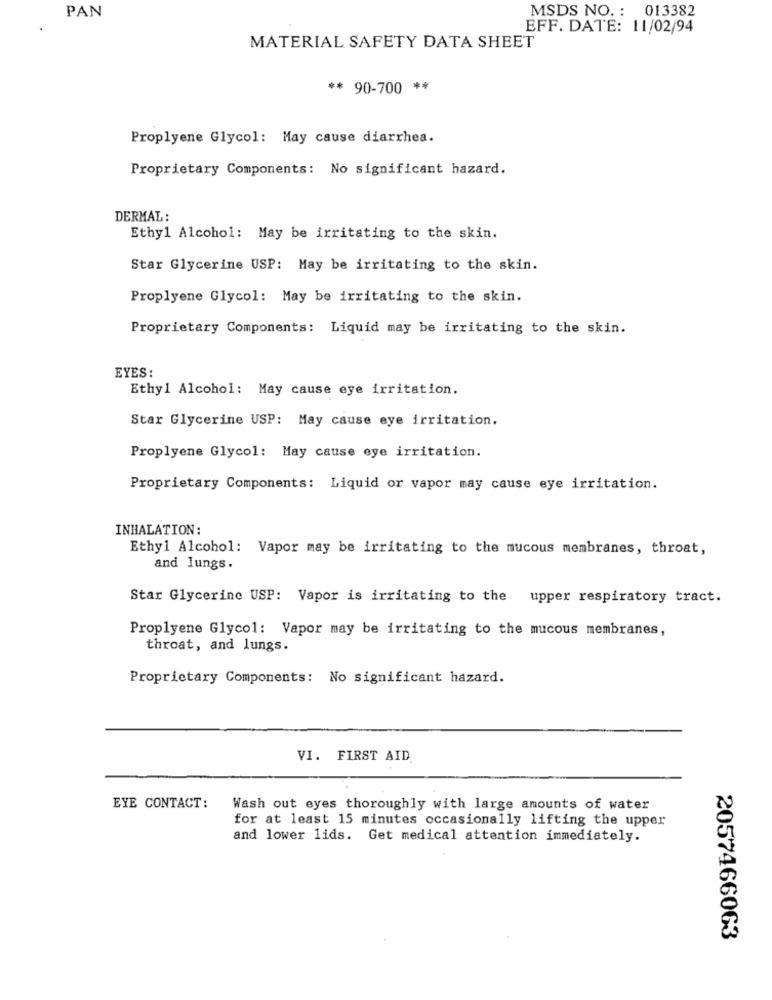
MSDS NO. : 013382
PAN
EFF. DATE: 11/02/94
MATERIAL SAFETY DATA SHEET
** 90-700 **
Proplyene Glycol: May cause diarrhea.
Proprietary Components: No significant hazard.
DERMAL :
Ethyl Alcohol: May be irritating to the skin.
Star Glycerine USP: May be irritating to the skin.
Proplyene Glycol: May be irritating to the skin.
Proprietary Components: Liquid may be irritating to the skin.
EYES:
Ethyl Alcohol: May cause eye irritation.
Star Glycerine USP: May cause eye irritation.
Proplyene Glycol: May cause eye irritation.
Proprietary Components: Liquid or vapor may cause eye irritation.
INHALATION:
Ethyl Alcohol: Vapor may be irritating to the mucous membranes, throat,
and lungs.
Star Glycerine USP: Vapor is irritating to the upper respiratory tract.
Proplyene Glycol: Vapor may be irritating to the mucous membranes,
throat, and lungs.
Proprietary Components: No significant hazard.
VI. FIRST AID
EYE CONTACT:
Wash out eyes thoroughly with large amounts of water
for at least 15 minutes occasionally lifting the upper
and lower lids. Get medical attention immediately.
2057466063